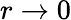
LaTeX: r\rightarrow 0